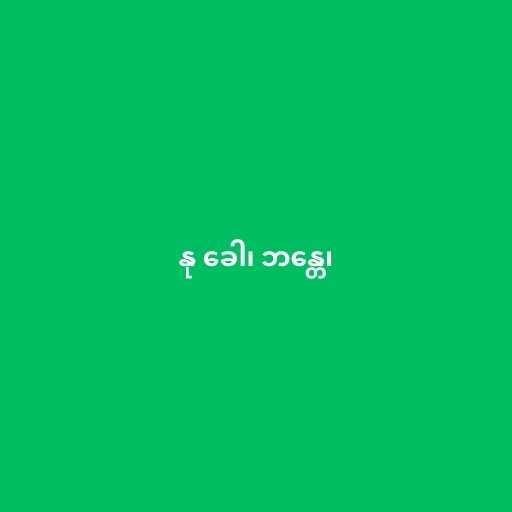
နု ခေါ၊ ဘန္တေ၊